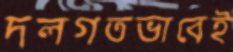
দলগতভাবেই